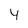
Character: y